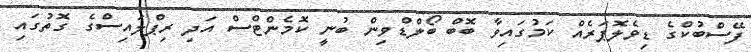
ފޭސްބުކްގެ ޑިވެލޮޕަރެއް ކަމުގައިވާ ބޮބް ބޯލްޑްވިން ބުނީ ކޮމެންޓްސް އަދި ރިޕްލައިސްގެ ގޮތުގައި